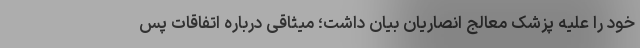
خود را علیه پزشک معالج انصاریان بیان داشت؛ میثاقی درباره اتفاقات پس